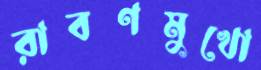
রাবণমুখো